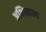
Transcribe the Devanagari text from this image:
अभिमान्य